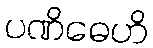
ပဏိဓေဟိ